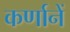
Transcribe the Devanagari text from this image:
कर्णानें